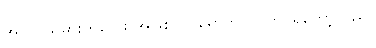
အလုပ်သမားကလေး အဖြစ် ဝင်ရောက်လုပ်ကိုင်ရတော့သည်။